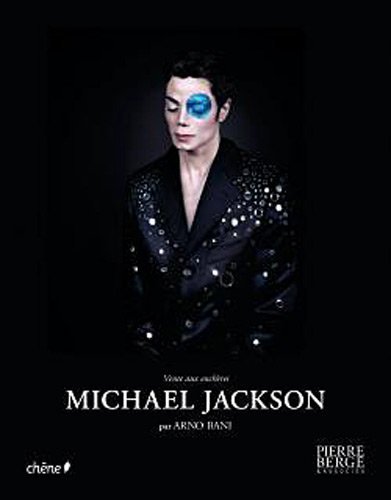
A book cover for Michael Jackson: Auction [Hardcover]; Arno Bani; Crafts, Hobbies & Home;